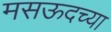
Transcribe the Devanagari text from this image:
मसऊदच्या